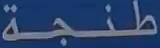
طنجة